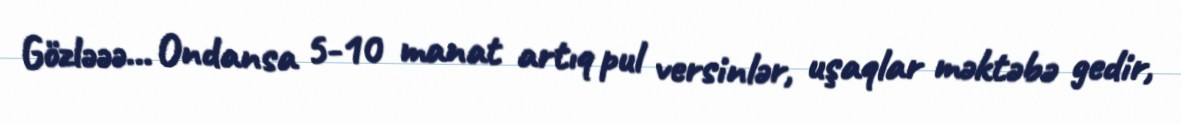
Gözləəə... Ondansa 5-10 manat artıq pul versinlər, uşaqlar məktəbə gedir,